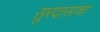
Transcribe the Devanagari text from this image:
सूरदासांचा